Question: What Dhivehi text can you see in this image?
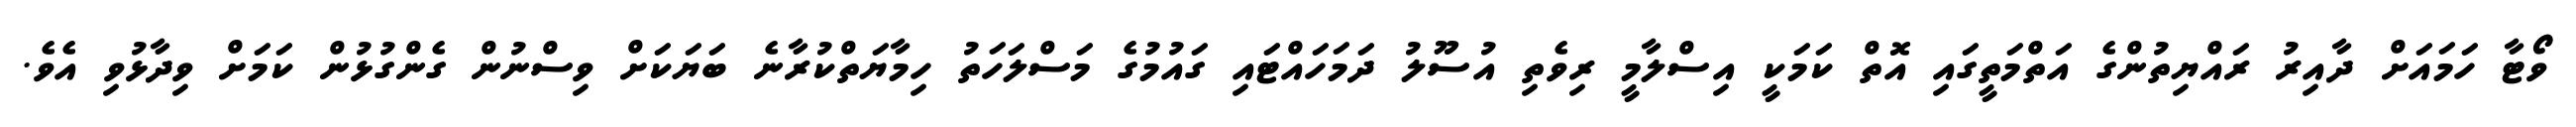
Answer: ވޯޓާ ހަމައަށް ދާއިރު ރައްޔިތުންގެ އަތްމަތީގައި އޮތް ކަމަކީ އިސްލާމީ ރިވެތި އުސޫލު ދަމަހައްޓައި ގައުމުގެ މަސްލަހަތު ހިމާޔަތްކުރާނެ ބަޔަކަށް ވިސްނުން ގެންގުޅުން ކަމަށް ވިދާޅުވި އެވެ.